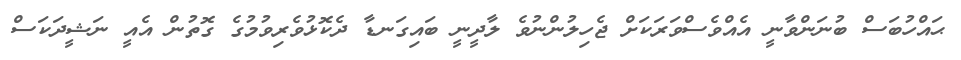
ޙައްހުބަސް ބުނަންވާނީ އެއްވެސްވަރަކަށް ޖެހިލުންނުވެ ލާދީނީ ބައިގަނޑާ ދެކޮޅުވެރިވުމުގެ ގޮތުން އެއީ ނަޝީދަކަސް